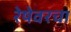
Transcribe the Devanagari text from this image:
रेषेवरचा